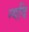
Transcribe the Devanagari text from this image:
न्यदि